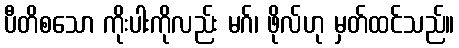
ပီတိစသော ကိုးပါးကိုလည်း မဂ်၊ ဖိုလ်ဟု မှတ်ထင်သည်။